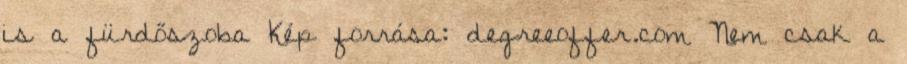
is a fürdőszoba Kép forrása: degreeoffer.com Nem csak a